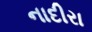
નાદીરા